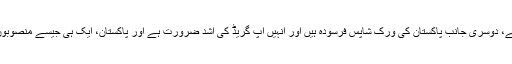
انہوں نے کہا کہ روس ریلویز سے متعلق پرزہ جات یورپ کو برآمد کرتا ہے، دوسری جانب پاکستان کی ورک شاپس فرسودہ ہیں اور انہیں اپ گریڈ کی اشد ضرورت ہے اور پاکستان، ایک ہی جیسے منصوبوں میں روس کے ساتھ شراکت داری سے بہت زیادہ فوائدحاصل کرسکتا ہے۔